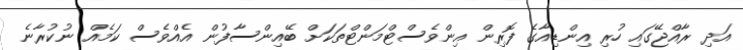
އަދި ރާއްޖޭގައި ހުރި އިންޑިއާގެ ފޮރިން އިންވެސްޓްމަންޓްތަކަށް ބޭއިންސާފުން އެއްވެސް ކަމެއް ނުކުރާނެ